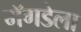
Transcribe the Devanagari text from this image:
मॅगडेला